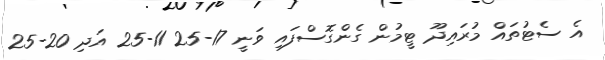
އެ ސެޓުތައް މުރައިދޫ ޓީމުން ގެންގޮސްފައި ވަނީ 17-25 11-25 އަދި 20-25